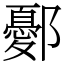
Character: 鄾